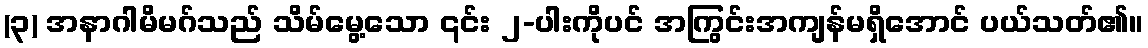
(၃) အနာဂါမိမဂ်သည် သိမ်မွေ့သော ၎င်း ၂-ပါးကိုပင် အကြွင်းအကျန်မရှိအောင် ပယ်သတ်၏။